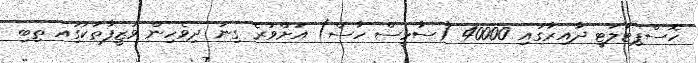
ހޮސްޕިޓަލަޓީ ދާއިރާގައި 40000 (ސާޅީސް ހާސް) އަށްވުރެ ގިނަ ދިވެހިން ވަޒީފާތަކުގަިއ ތިބި